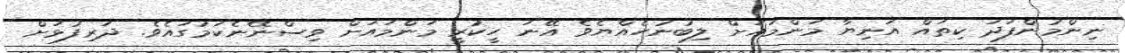
ނިންމުންފަދަ ކިތައް އަނިޔާ މަންމައަށް ލިބުނުހެއްޔެވެ އޭނަ ހީކުރީ މަންމައަށް ވިސްނޭނެކަމުގައެވެ. ދަރިފުޅަށް